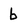
Character: b